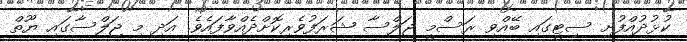
ކުޅުދުއްފުށި ސިޓީގައި ބޭއްވި ރަސްމީ ޖަލްސާ ޝަރަފުވެރިކޮށްދެއްވާފައެވެ. އަދި މި ޖަލްސާގައި ޔޫތް